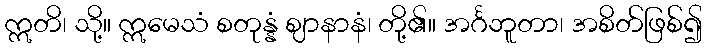
ဣတိ၊ သို့။ ဣမေသံ စတုန္နံ ဈာနာနံ၊ တို့၏။ အင်္ဂဘူတာ၊ အစိတ်ဖြစ်၍